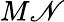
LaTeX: M\mathscr{N}